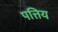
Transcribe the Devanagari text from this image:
पत्तिय